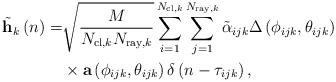
LaTeX: \begin{align*}\tilde{\mathbf{h}}_k\left(n\right) = & \sqrt{\frac{M}{N_{\mathrm{cl},k}N_{\mathrm{ray},k}}}\sum_{i=1}^{N_{\mathrm{cl},k}}\sum_{j=1}^{N_{\mathrm{ray},k}}\tilde{\alpha}_{ijk}\Delta\left(\phi_{ijk},\theta_{ijk}\right) \\& \times \mathbf{a}\left(\phi_{ijk},\theta_{ijk}\right)\delta\left(n-\tau_{ijk}\right),\end{align*}